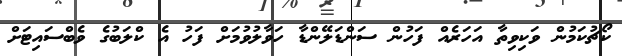
ކޯޗުކަމުން ވަކިވިތާ އަހަރެއް ފަހުން ސަންޑަލޭންޑާ ހަވާލުވުމަށް ފަހު އެ ކްލަބުގެ ވެބްސައިޓަށް